Lock hospitals Punjab
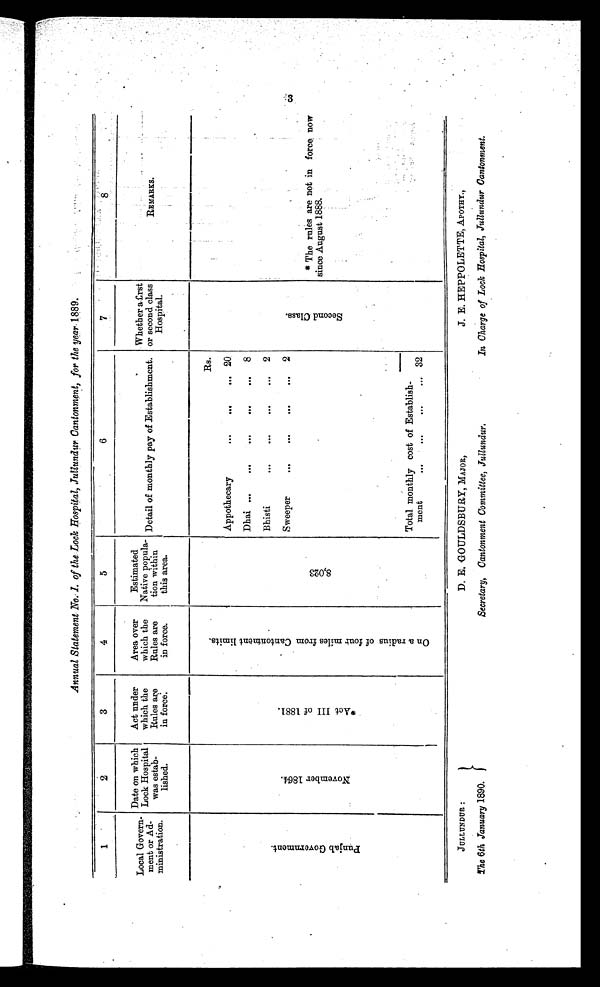
Annual Statement No.I of the Lock Hospital, Jullundur Cantonment, for the year 1889.
1
2
3
4
5
6
7
8
Local G overn
-ment or Ad-
ministration.
Date on which
Lock Hospital
was estab-
lished.
Act under
which the
Rules are
in force:
Area over
which the
Rules are
in force.
Estimated
Native popula-
tion within
this area.
Detail of monthly pay of Establishment.
Whether a fir
s t o r s e c o n d c l a s s
Hospital.
REMARKS .
P u n j a b G o v e r n m e n t .
N o v e m b e r 1 8 6 4 .
* A c t I I I o f 1 8 8 1 .
O n a r a d i u s o f f o u r m i l e s f r o m C a n t o n m e n t l i m i t s .
8 , 0 2 3
.
Rs.
S e c o n d c l a s s .
.
* The rules are not in force now
s i n c e A u g u s t 1 8 8 8 .
.
Appothecary
20
Dhai
8
Bhisti
2
Sweeper
2
Total monthly cost of Establish-
ment
32
3
JULLUNDUR :
The 6th January 1890.
D. E. GOULDSBUTRY, MAJOR,
Secretary, Cantonment Committee, Jullundur,
J. E. HEPPOLETTE, APOTHY.,
In Charge of Lock Hospital, Jullundur Cantonment.